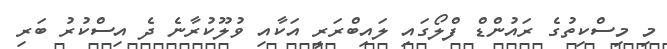
މި މިސްކިތުގެ ރައުންޑް ފްލޯގައި ލައިބްރަރީ އަކާއި ވުލޫކުރާނެ ދެ އިސްކުރު ބަރި